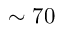
\sim { } 7 0